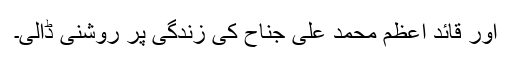
اور قائد اعظم محمد علی جناح کی زندگی پر روشنی ڈالی۔